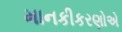
માનકીકરણોએ